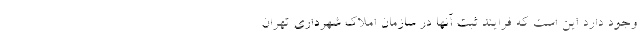
وجود دارد این است که فرایند ثبت آنها در سازمان املاک شهرداری تهران